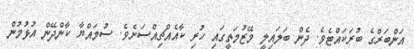
އަންބަރްގެ ބުރަކައްޓެވެ. ދެން ބަލައިލީ މޭޒުމަތީގައި ހުރި ކާއެއްޗިއްސަށެވެ. ސުމައްޔާ ކާންދޭން އުޅުމުން